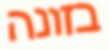
בזונה